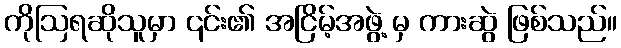
ကိုဩရဆိုသူမှာ ၎င်း၏ အငြိမ့်အဖွဲ့ မှ ကားဆွဲ ဖြစ်သည်။